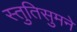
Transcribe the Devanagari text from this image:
स्तुतिसुमने